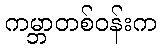
ကမ္ဘာတစ်ဝန်းက